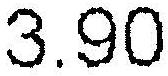
3.90